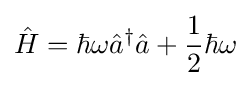
{\hat {H}}=\hbar \omega {\hat {a}}^{\dagger }{\hat {a}}+{\frac {1}{2}}\hbar \omega